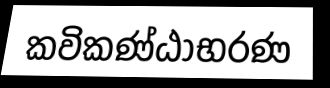
කවිකණ්ඨාභරණ